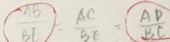
\frac { A B } { B F } = \frac { A C } { B E } = \frac { A D } { B C }